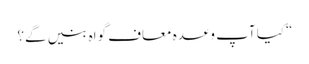
“کیا آپ وعدہ معاف گواہ بنیں گے؟